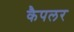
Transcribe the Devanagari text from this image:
कैपलर